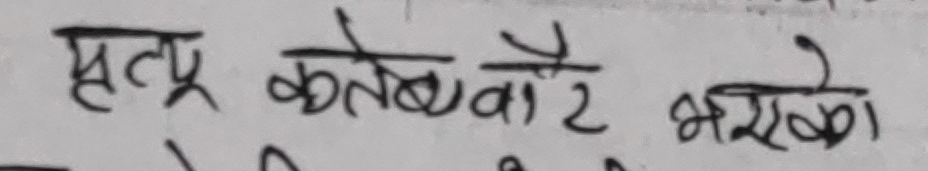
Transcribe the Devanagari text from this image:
सूत्र कर्तव्यै भरेको